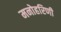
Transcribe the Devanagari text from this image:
मनोहरिणी